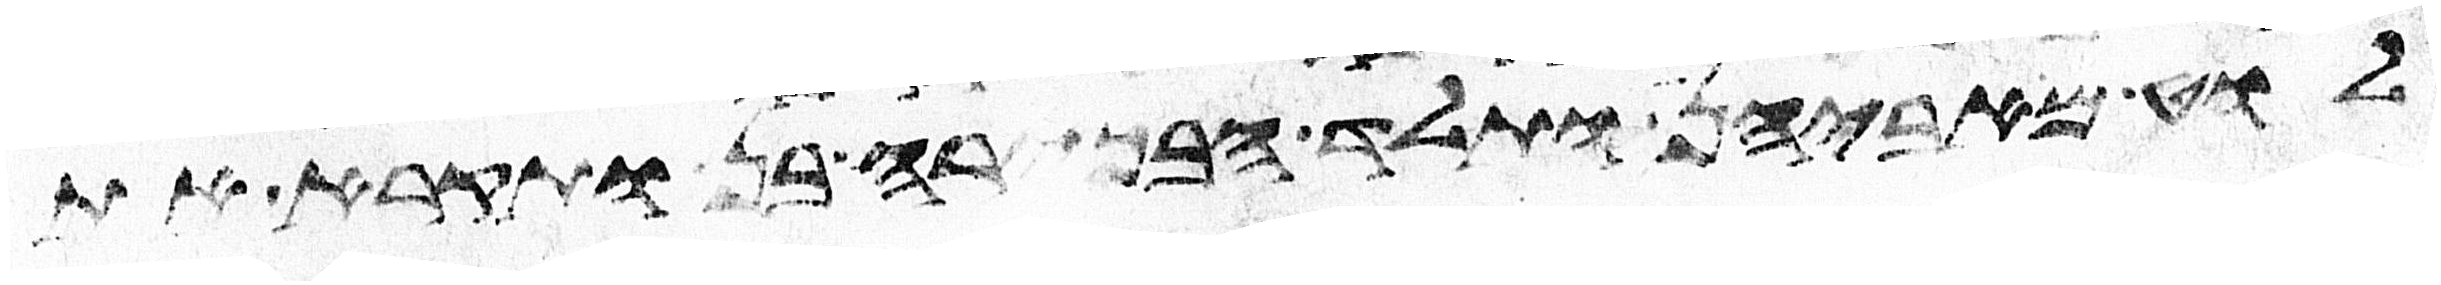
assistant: לוט מאביהן ותלד הבכירה בן ותקרא את